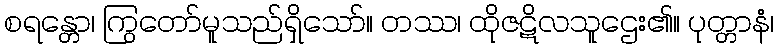
စရန္တော၊ ကြွတော်မူသည်ရှိသော်။ တဿ၊ ထိုဇဋိလသူဌေး၏။ ပုတ္တာနံ၊